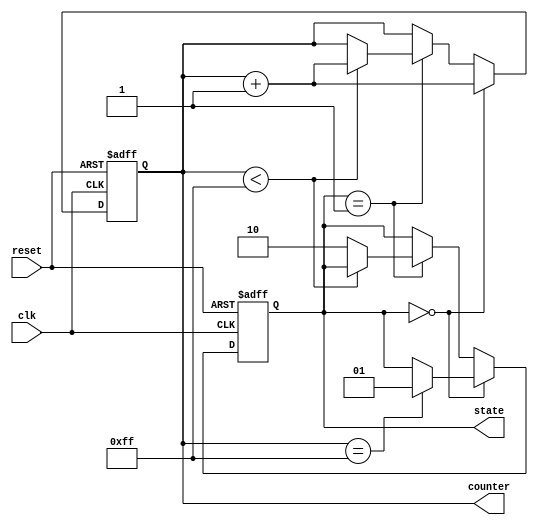
module initialization_example(
    input wire clk,
    input wire reset,
    output reg [7:0] counter,
    output reg [1:0] state
);

    // State encoding for a simple state machine
    localparam STATE_IDLE = 2'b00;
    localparam STATE_RUN  = 2'b01;
    localparam STATE_DONE = 2'b10;

    // Initialization Block
    initial begin
        // Initialize counter to zero
        counter = 8'b0;
        
        // Initialize state to IDLE
        state = STATE_IDLE;
    end

    // Sequential logic with reset functionality
    always @(posedge clk or posedge reset) begin
        if (reset) begin
            // On reset, re-initialize values
            counter <= 8'b0;
            state <= STATE_IDLE;
        end else begin
            // Example sequential behavior
            if (state == STATE_IDLE) begin
                counter <= counter + 1;
                if (counter == 8'd255) begin
                    state <= STATE_RUN;
                end
            end else if (state == STATE_RUN) begin
                // Some operation in RUN state
                if (counter < 8'd255) begin
                    counter <= counter + 1;
                end else begin
                    state <= STATE_DONE;
                end
            end else if (state == STATE_DONE) begin
                // Reset state machine or perform any final operations
            end
        end
    end

endmodule